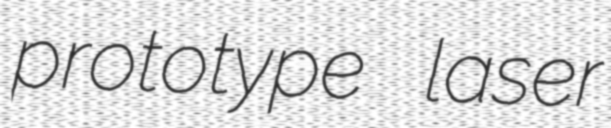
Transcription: prototype laser